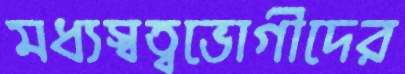
মধ্যস্বত্বভোগীদের